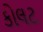
કોલટ